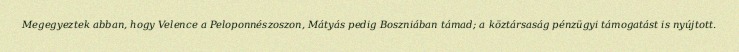
Megegyeztek abban, hogy Velence a Peloponnészoszon, Mátyás pedig Boszniában támad; a köztársaság pénzügyi támogatást is nyújtott.